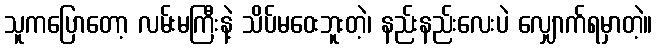
သူကပြောတော့ လမ်းမကြီးနဲ့ သိပ်မဝေးဘူးတဲ့၊ နည်းနည်းလေးပဲ လျှောက်ရမှာတဲ့။